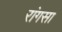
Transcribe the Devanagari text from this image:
रांगसा